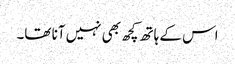
اس کے ہاتھ کچھ بھی نہیں آنا تھا۔